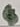
Text: 4